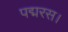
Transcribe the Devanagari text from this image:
पद्मरस।